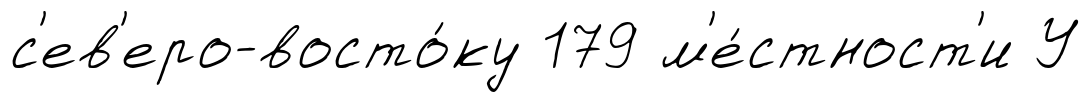
с'ев'еро-восто́ку 179 м'е́стност'и У